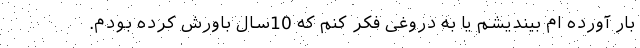
بار آورده ام بیندیشم یا به دروغی فکر کنم که 10سال باورش کرده بودم.